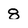
Character: 8